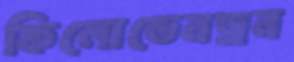
ফিলোডেনড্রন